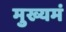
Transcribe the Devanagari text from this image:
मुख्यमं